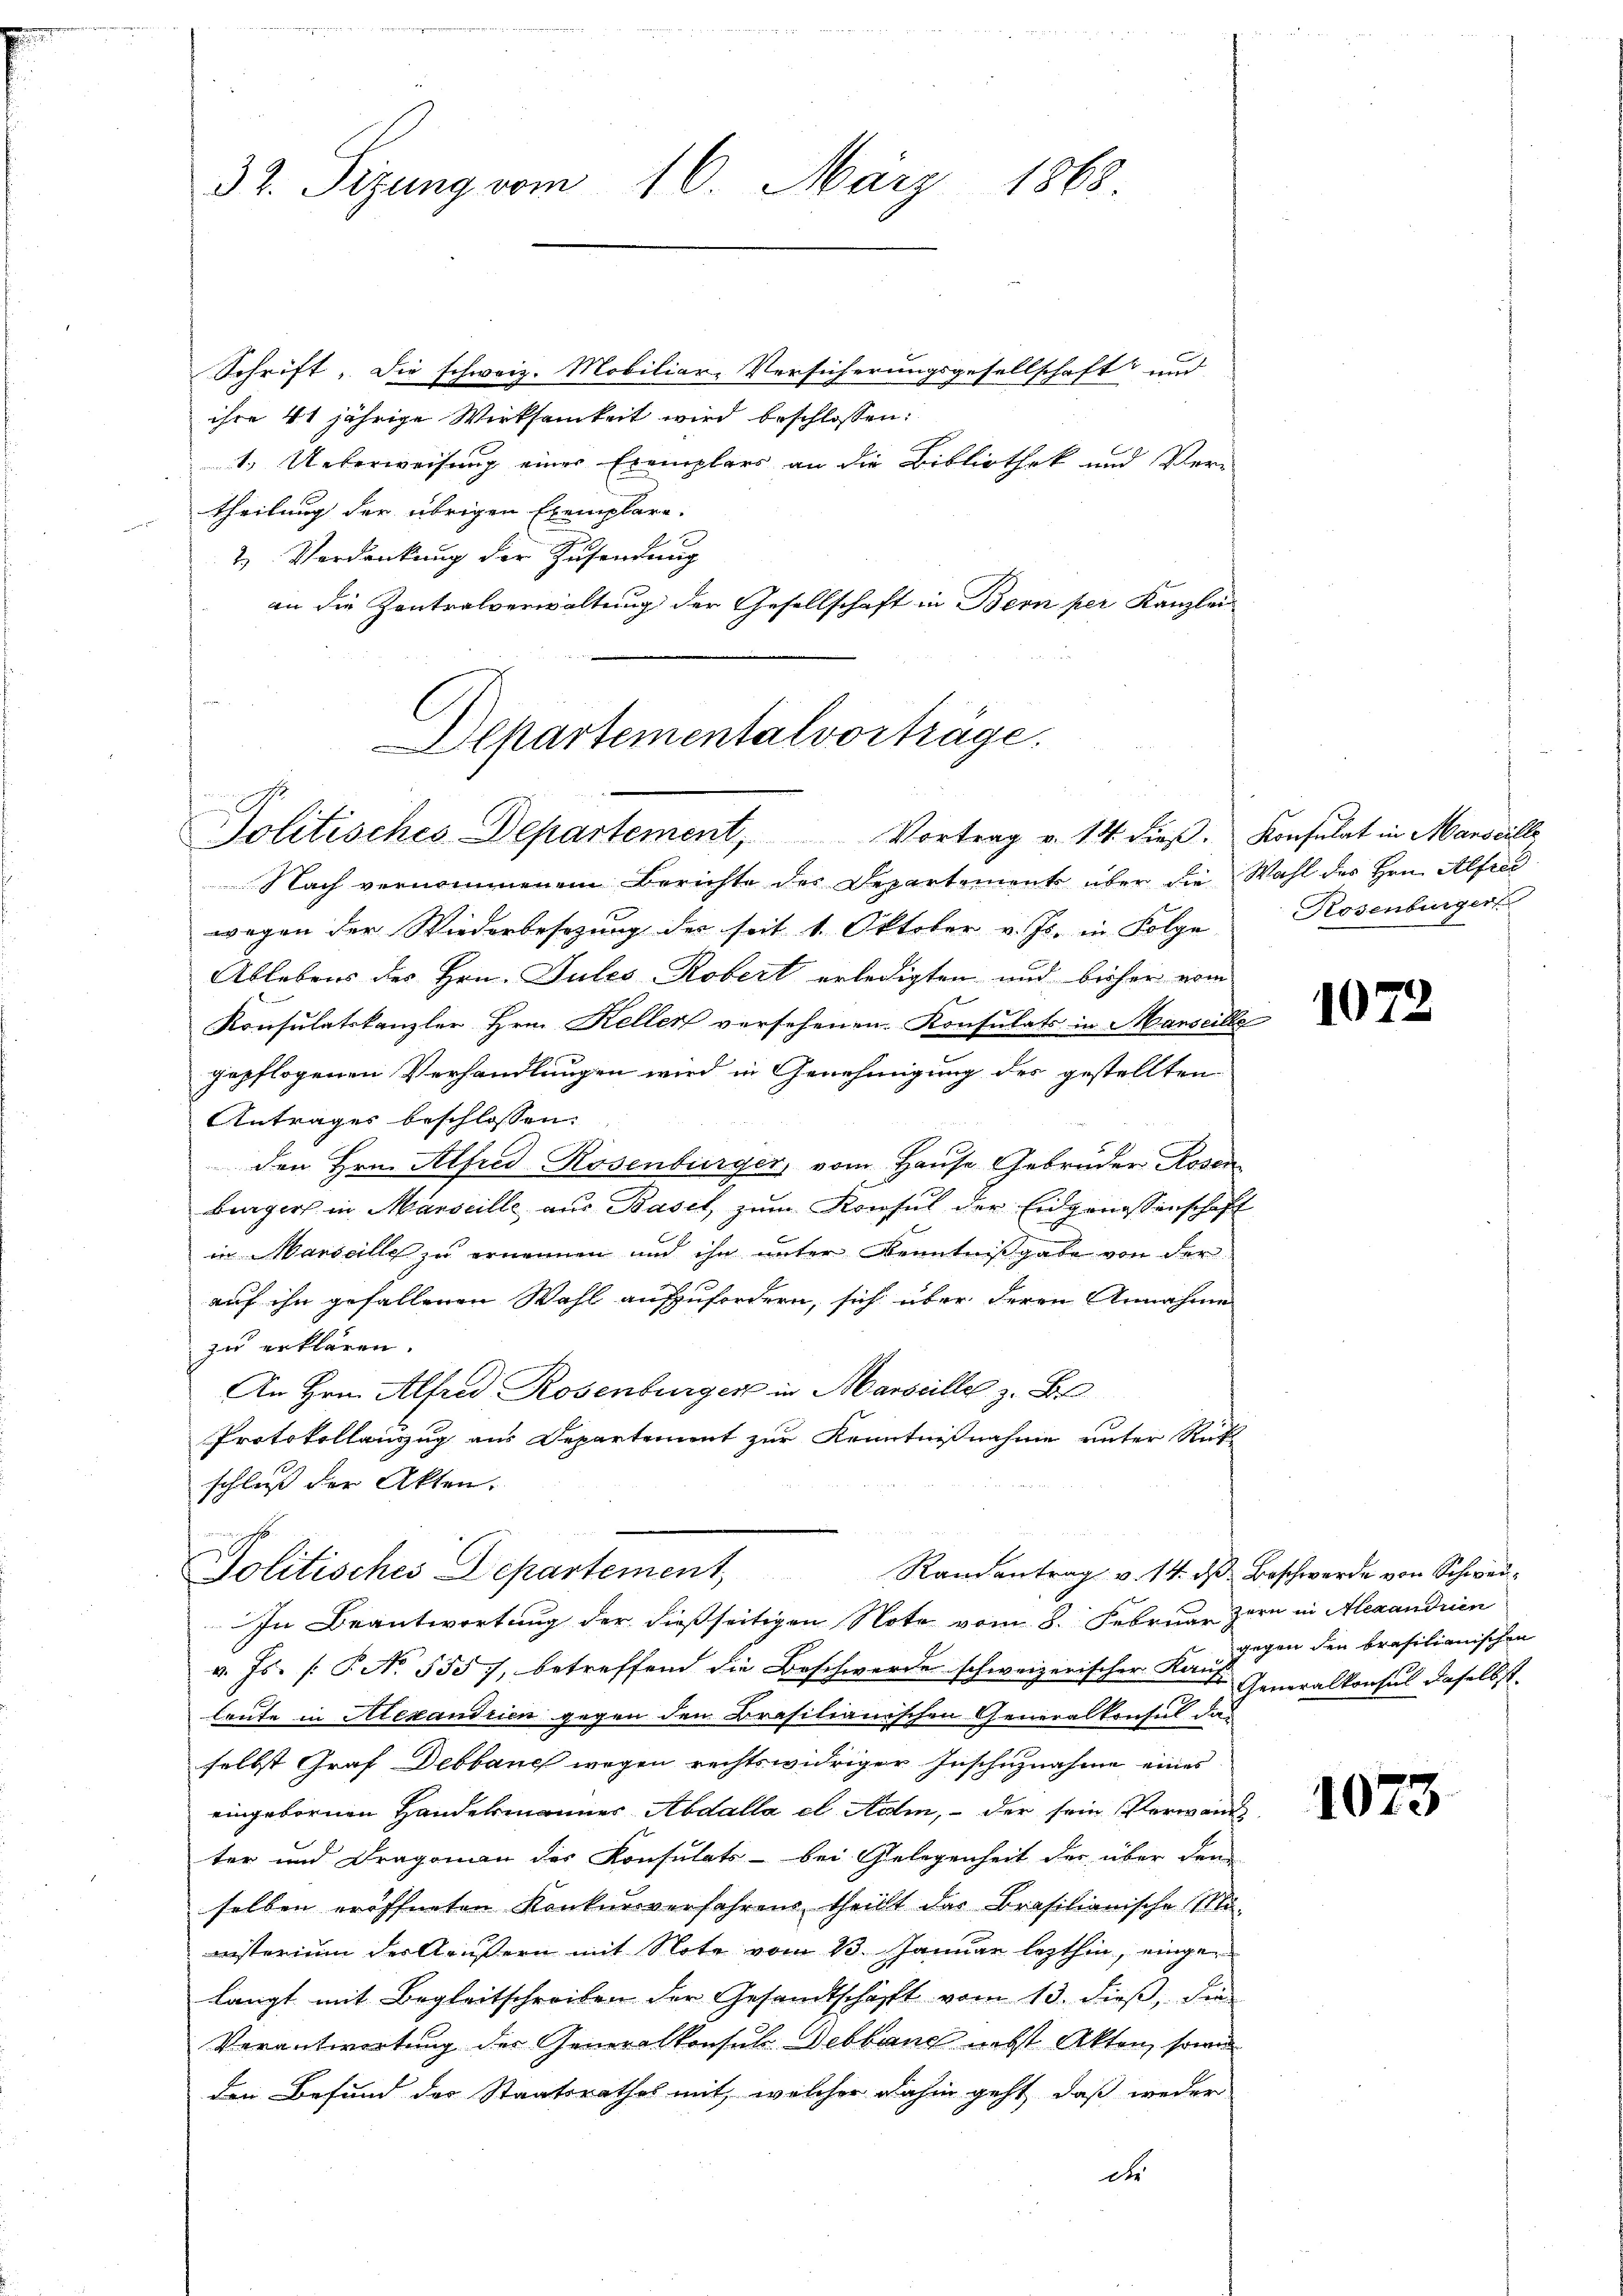
Schrift. Die schweiz. Mobiliar-Versicherungsgesellschaft und
ihre 41 jährige Wirksamkeit wird beschlossen:
1.) Ueberweisung einer Exemplars an die Bibliothek und Ver-
theilung der übrigen Exemplare.
2 Verdankung der Zusendung
an die Zentralverwaltung der Gesellschaft in Bern per Kanzlei

Departementalvorträge.
an
Politisches Departement, Vortrag v. 13. dieβ. Konsulat in Marseille

32. Sizung vom 16. März 1868.

Nach vernommenem Berichte des Departement über die Wahl des Hrn. Alfred
wegen der Wiederbesezung des seit 1. Oktober v. Js. in Folge
Ablebens des Hrn. Jules Robert erledigten und bisher vom
Konsulatskanzler Hrn. Keller versehenen Konsulats in Manseille
gepflogenen Verhandlungen wird in Genehmigung des gestellten
Antrages beschlossen:
den Hrn. Alfred Rosenbürger, vom Hause Gebrüder Rosen
berger in Marseille aus Basel, zum Konsul der Eidgenossenschaft
in Marseille zu ernennen und ihn unter Kenntnißgabe von der
auf ihn gefallenen Wahl aufzufordern, sich über deren Annahme
zu erklären.
An Hrn. Alfred Rosenburger in Marseille z. B.
Protokollanzug aus Departement zur Kenntnißnahme unter Rück-
schluß der Akten.
Politisches Departement,
Randantrag v. 14. ds Beschwerde von Schwei¬
In Beantwortung der dießseitigen Note vom 8. Februar zern in Alexandrien
v. Js. (T. No. 5557, betreffend die Beschwerde schweizerischer Kauf Generalkonsul daselbst.
leute in Alexandrien gegen den Brasilianischen Generalkonsul daselbst Graf Debbanc wegen rechtswidriger Inschuznahme eines
eingebornen Handelmannes Abdalla et Adlin, - der sein Vorwand
ter und Dragonau des Konsulats - bei Gelegenheit des über den
selben eröffneten Konkursverfahrens theilt das Brasilianische Mi-
nisterium der Aeußern mit Note vom 13. Januar lezthin, eingelangt mit Begleitschreiben der Gesandtschafft vom 13. dieß, die
Verantwortung der Generalkonsul Debbane nebst Akten, sowie
den Befund des Staatsrathes mit, welcher dahin geht, daß weder
des

Rosenburger

1072

gegen den brasilianischen

1073